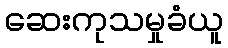
ဆေးကုသမှုခံယူ